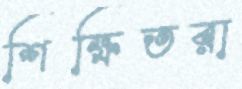
শিক্ষিতরা